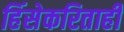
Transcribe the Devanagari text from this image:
हिंसेकरिताही